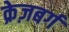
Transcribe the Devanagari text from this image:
क्रेज़बर्ग